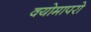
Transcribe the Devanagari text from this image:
वयोमापरो